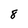
Character: 8